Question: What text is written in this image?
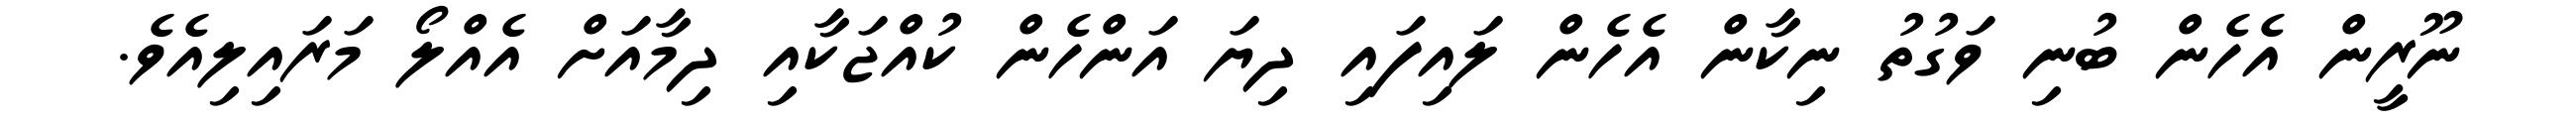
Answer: ނޫރީން އެހެން ބުނި ވަގުތު ނިކާން އެހެން ލައިފައި ދިޔަ އަންހެން ކުއްޖަކާއި ދިމާއަށް އެއްލޯ މަރައިލިއެވެ.